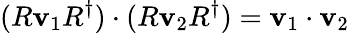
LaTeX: (R\mathbf{v}_{1}R^{\dagger})\cdot(R\mathbf{v}_{2}R^{\dagger})=\mathbf{v}_{1}\cdot\mathbf{v}_{2}